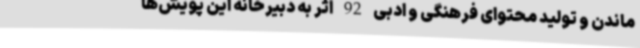
ماندن و تولید محتوای فرهنگی و ادبی 92 اثر به دبیرخانه این پویش‌ها